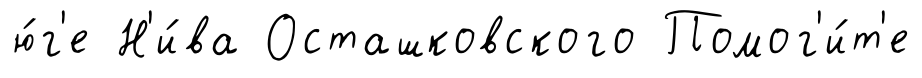
ю́г'е Н'и́ва Осташковского Помог'и́т'е